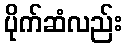
ပိုက်ဆံလည်း